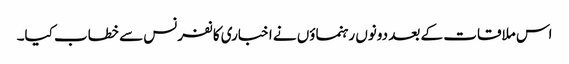
اس ملاقات کے بعد دونوں رہنماؤں نے اخباری کانفرنس سے خطاب کیا۔